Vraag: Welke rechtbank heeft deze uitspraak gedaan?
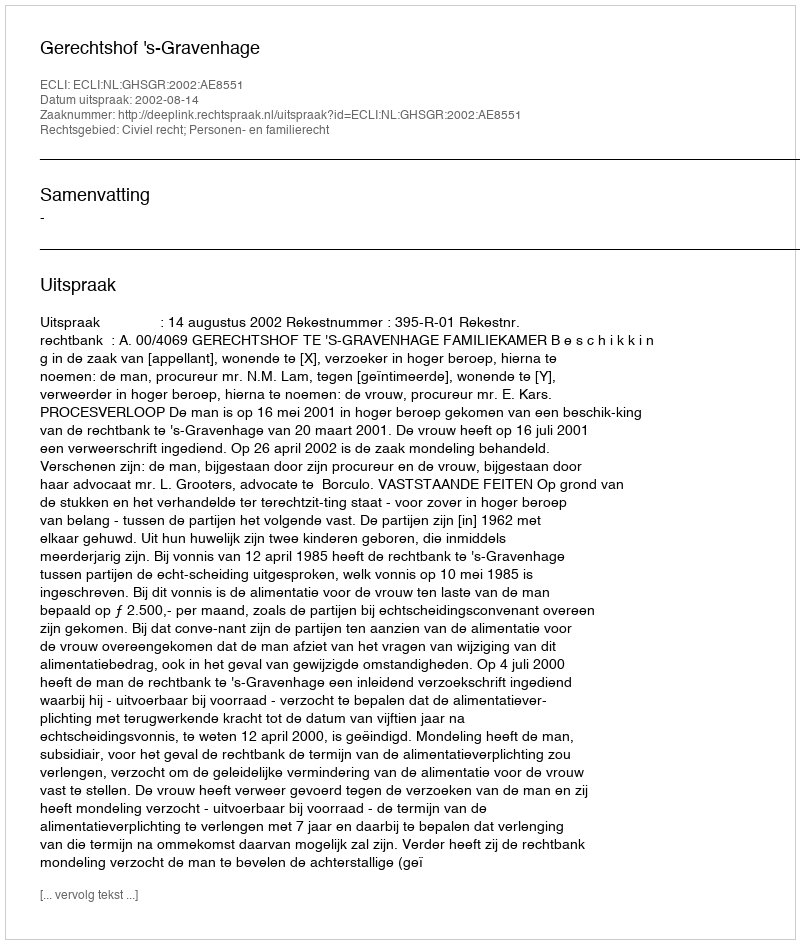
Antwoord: Gerechtshof 's-Gravenhage